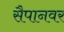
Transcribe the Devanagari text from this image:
सैपानवर